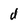
Character: d